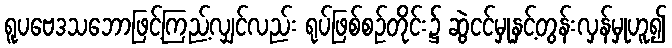
ရူပဗေဒသဘောဖြင့်ကြည့်လျှင်လည်း ရုပ်ဖြစ်စဉ်တိုင်း၌ ဆွဲငင်မှုနှင့်တွန်းလှန်မှုဟူ၍